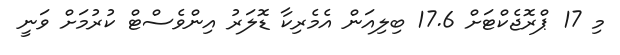
މި 17 ޕްރޮޖެކްޓަށް 17.6 ބިލިއަން އެމެރިކާ ޑޮލަރު އިންވެސްޓް ކުރުމަށް ވަނީ